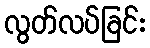
လွတ်လပ်ခြင်း